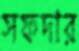
সফদার